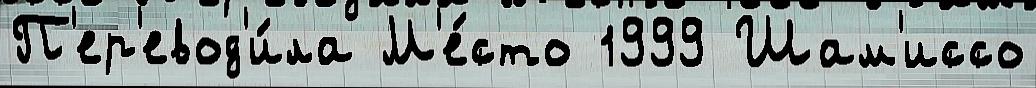
П'ер'евод'и́ла М'е́сто 1999 Шам'иссо